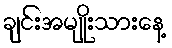
ချင်းအမျိုးသားနေ့